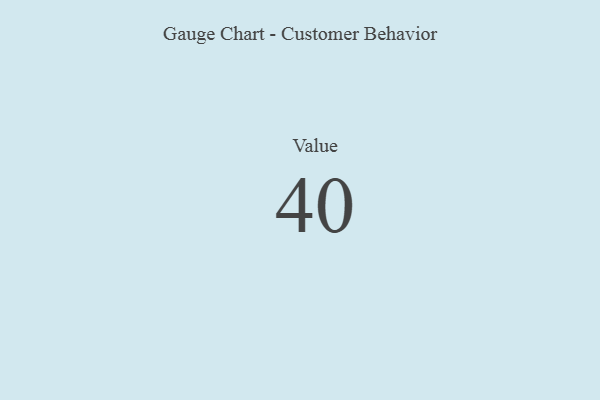
{"axis": {"x": "Metric", "y": "Value"}, "legend": [""], "data": [{"x": "Value", "y": 40, "type": ""}]}